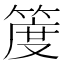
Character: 𥯖